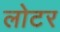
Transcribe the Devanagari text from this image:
लोटर